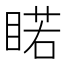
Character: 睰